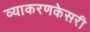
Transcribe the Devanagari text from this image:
व्याकरणकेसरी